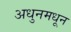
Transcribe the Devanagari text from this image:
अधुनमधून